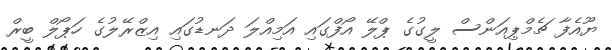
ޔޫއެފާ ޗެމްޕިއަންސް ލީގުގެ ޕްލޭ އޯފްގައި އަމިއްލަ ދަނޑުގައި އިޒްރޭލުގެ ހަޕޯލް ބީރް